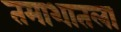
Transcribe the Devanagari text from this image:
तमाशातला